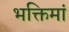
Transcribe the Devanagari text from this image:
भक्तिमां